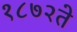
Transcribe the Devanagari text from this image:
१८७२ते